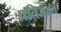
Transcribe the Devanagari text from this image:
प्रतिअहत